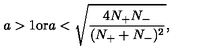
a > 1 \mathrm { o r } a < \sqrt { \frac { 4 N _ { + } N _ { - } } { ( N _ { + } + N _ { - } ) ^ { 2 } } } ,